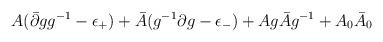
LaTeX: \begin{align*}A(\bar{\partial}gg^{-1}-\epsilon_{+})+\bar{A}(g^{-1}\partial g-\epsilon_{-})+Ag\bar{A}g^{-1} + A_0 \bar A_0\end{align*}